Vital statistics of India. Vol. V, Reports of 1876 on armies & jails and on epidemic cholera
Year: 1876
Disease focus: Cholera
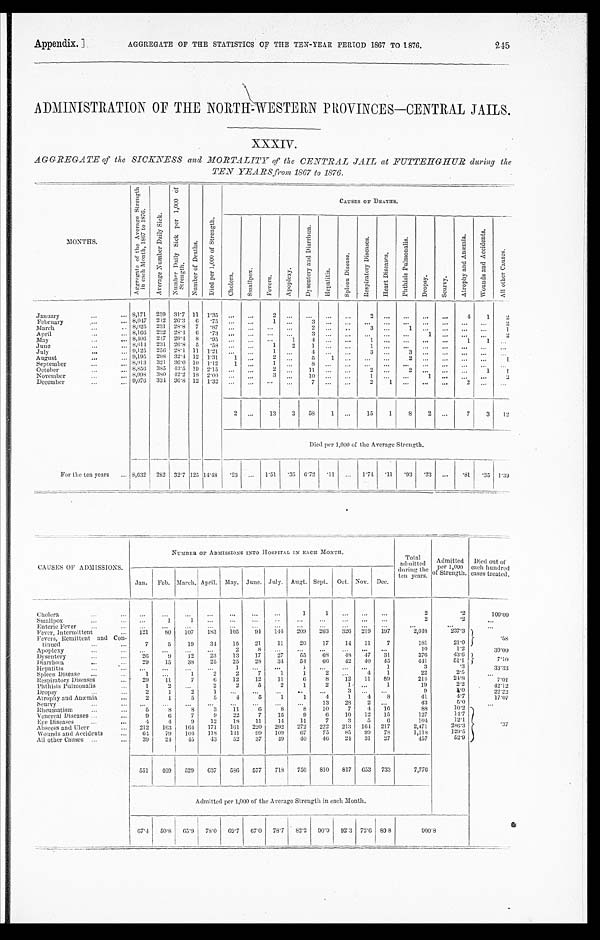
Appendix. ]
AGGREGATE OF THE STATISTICS OF THE TEN-YEAR PERIOD 1867 TO 1876.
245
ADMINISTRATION OF THE NORTH-WEASTERN PROVINCES—CENTRAL JAILS.
AGGREGATE of the SICKNESS and MORTALITY of the CENTRAL JAIL at FUTTEHGHUR during the
TEN YEARS from 1867 to 1876.
M O N T H S .
A g g r e g n t e o f t h e A v e r a g e S t r e n g t h i n e a c h M o n t h , 1 8 6 7 t o 1 8 7 0 .
A v e r a g e N u m b e r D a i l y S i c k .
N u m b e r D a i l y S i c k p e r 1 , 0 0 0 o f S t r e n g t h .
N u m b e r o f D e a t h s .
D i e d p e r 1 , 0 0 0 o f S t r e n g t h .
CAUSES OF DEATHS.
C h o l e r a .
S m a l l p o x .
F e v e r s .
A p p l e x y .
D y s e n t e r y a n d D i a r r h œ a .
H e p a t i t i s .
S p l e e n D i s e a s e .
R e s p i r a t o r u D i s e a s e s .
H e a r t D i s e a s e s .
P h t h i s i s P u l m o n a l i s .
D r o p s y . S c u r v y .
A t r o p h y a n d A n œ m i a .
W o u n d a a n d A c c i d e n t s .
A l l o t h e r C a u s e s .
J a n u a r y
8,171 259 31.7 11 1.35
. . . ...
2
. . .
. . . ...
. . .
2
... ...
... ...
4
1
2
February
8,047
212 26.3 6 .75 ...
. . .
1 . . .
3 ... . . .
. . . . . .
. . .
. . .
. . .
... ...
2
March
8,025 231 28.8 ' 7 .87 ... ...
. . . . . .
2
. . .
. .
3 . . .
1 ...
. . . ... ...
1
April
8,166 232 28.4 6
. 7 3 ... . . .
... ...
3 ... . . .
. . . ...
. . . 1
. . . ... ...
2
May
8,406 247 29.4 8 .95 ...
. . .
. . .
1
4 ...
. . .
1 ...
. . . ...
...
1 1
. ...
June
8,614 231 26.8 5 .58 ... ...
1
2
1 ...
. . .
1 . . .
. . .
. . .
. . .
. . . ... . . .
July
9,125 256 28.1 11 1.21 ... ...
1
. . . 4 ...
. . .
3 ...
3 ...
. . . ... ... ...
August
9,195 298 32.4 12 1.31
1
. . .
2
. . .
5 1 ...
. . . ...
2 ...
. . .
. . .
. . . 1
September
8,913 321 36.0 10 1.12 1 ...
1
. . .
8 ...
. . .
. . . ...
. . . ... . . .
... ... ...
October
8,856 385 43.5
1 9
2 . 1 5
. . .
. . .
2
. . .
1 1
...
. . .
2 . . . 2
...
. . . ...
1 1
November
8,998 38042.2 1 8 2.00 ...
. . .
3 ...
10 ...
. . .
1 ...
. . . 1
. . . ... ...
3
December
9,076 334 36.8 12 1.32 ... ... ...
...
7 ...
. . .
2 1
. . .
. . .
. . .
2 ...
...
2
. . . 13
3 58
1 ...
15
1
8 2
. . .
7
3 12
Died per 1,000 of the Average Strength.
For the ten years
8,632 282 32.7 125 14.48
. 2 3
. . . 1.51 .35 6.72
. 11 ... 1.74
. 11
. 93
. 2 3 ...
. 81
. 3 5 1.39
CAUSES OF ADMISSIONS.
NUMBER OF ADMISSIONS INTO HOSPITAL IN EACH MONTH.
Tot al admi t t ed dur i ng t he t en y ear s . Admi t t ed per 1, 000 of St r engt h.
Di ed out of each
cases treated.
Jan. Feb. March. April. May. June. July. Augt. Sept. Oct. Nov. Dec.
Cholera
. . . ...
...
. . .
. . .
. . .
...
1
1
. . . ...
...
2
.2
100.00
Smallpox
. . .
1
1 ...
...
. . . ..
...
. . .
. . . . . .
. . .
2
.2
. . .
Enteric Fever
. . .
. . . ...
. . . ...
...
. . . ...
. . .
. . . . . .
. . . . . .
. . .
. . .
Fever, Intermittent
121
80 107 183 105
94
1 4 4 209 263 326 219 197
2,048
237.3
. 5 8
Fevers, Remittent and Con-tinued
7
5
1 9
3 4
1 5
2 1
1 1
2 0
1 7
1 4
1 1
7
1 8 1
2 1 . 0
Apoplexy
...
...
. . .
. . . 2
8
. . . ...
. . .
. . . ... ...
10
1.2
30.00
Dysentery
26
9
12
23
13
17
27
55
6 8 48 47 31
376
43.6
7.10
Diarrhœa
29
15
38
25
25
28
34 54
6 6 42 40 45
441
51.1
Hepatitis
. . .
. . .
. . .
. . .
1
. . .
. . .
1
. . .
. . .
. . . 1
3
. 3
33.33
Spleen Disease
1
...
1
2
2
7
1
1
2 ...
4
1
22
2.5
. . .
Respiratory Diseases
29
11
7
6
12
12
11
6
8
12 11 89
214
24.8
7. 01
Phthisis Pulmonalis
1
2
. . .
2
2
5
2
1
2
1
. . .
1
19
2.2
42.12
Dropsy
2
1
2
1
. . .
. . .
. . .
. . .
. . .
3
. . . . . .
9
1 . 0
22.22
Atrophy and Anæmia
2
1
5
5
4
5
1
1
4
1
4
8
41
4.7
17.07
Scurvy
. . .
. . .
. . . ...
...
...
...
...
13
28 2
. . .
43
5 . 0
...
Rheumatism
5
8
8
3
11
6
8
8
10
7
4 10
88
10.2
. 3 7
Venereal Diseases
9
6
7
9
22
7
15
9
6
10 12 1.5
127
1 4 . 7
Eye Diseases
4
4
9
12
18
11
14 11
7
3
5
6
104
12.1
Abscess and Ulcer
212 163 164 171
161 220 292 272 222 213 164 217
2,471
286.3
Wounds and Accidents
6 4 79 104 118 141
99 109
67
75
85 99 78
1,118
1 2 9 . 5
All other Causes
39
2 4 45
43
52
37
49
40
46 24 31 27
457
52.9
551 409 529 637 586 577 718 756 810 817 653 733
7,776
Admitted per 1,000 of the Average Strength in each Month.
67.4 50.8 65.9 78.0 69.7 67.0 78.7 82.2 90.9 92.3 72.6 80 8
9 0 0 . 8